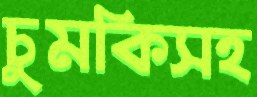
চুমকিসহ